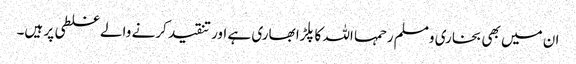
ان میں بھی بخاری ومسلم رحمہا اللہ کا پلڑا بھاری ہے اور تنقید کرنے والے غلطی پر ہیں۔